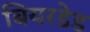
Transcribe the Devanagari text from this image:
बियरडेड